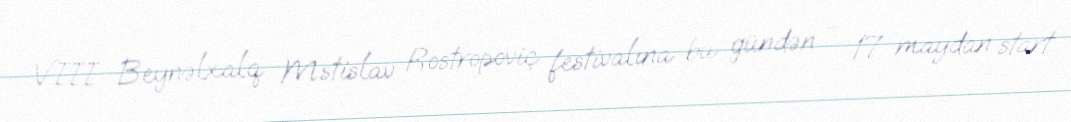
VIII Beynəlxalq Mstislav Rostropoviç festivalına bu gündən - 17 maydan start